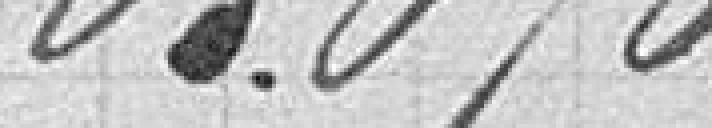
63 070